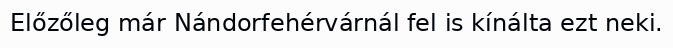
Előzőleg már Nándorfehérvárnál fel is kínálta ezt neki.